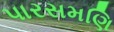
પારસમણિ